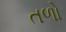
તળો